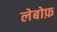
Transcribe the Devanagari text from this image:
लेबोफ़